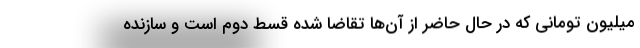
میلیون تومانی که در حال حاضر از آن‌ها تقاضا شده قسط دوم است و سازنده